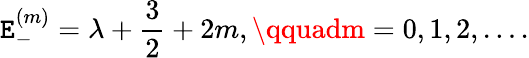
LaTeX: \mathtt{E}_{-}^{(m)}=\lambda+{\frac{{3}}{{2}}}+2m,\qquadm=0,1,2,\ldots.